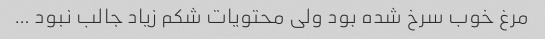
مرغ خوب سرخ شده بود ولی محتویات شکم زیاد جالب نبود …